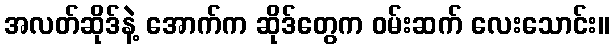
အလတ်ဆိုဒ်နဲ့ အောက်က ဆိုဒ်တွေက ဝမ်းဆက် လေးသောင်း။